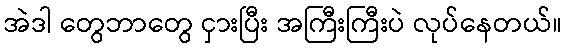
အဲဒါ တွေဘာတွေ ငှားပြီး အကြီးကြီးပဲ လုပ်နေတယ်။